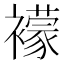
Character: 䙩